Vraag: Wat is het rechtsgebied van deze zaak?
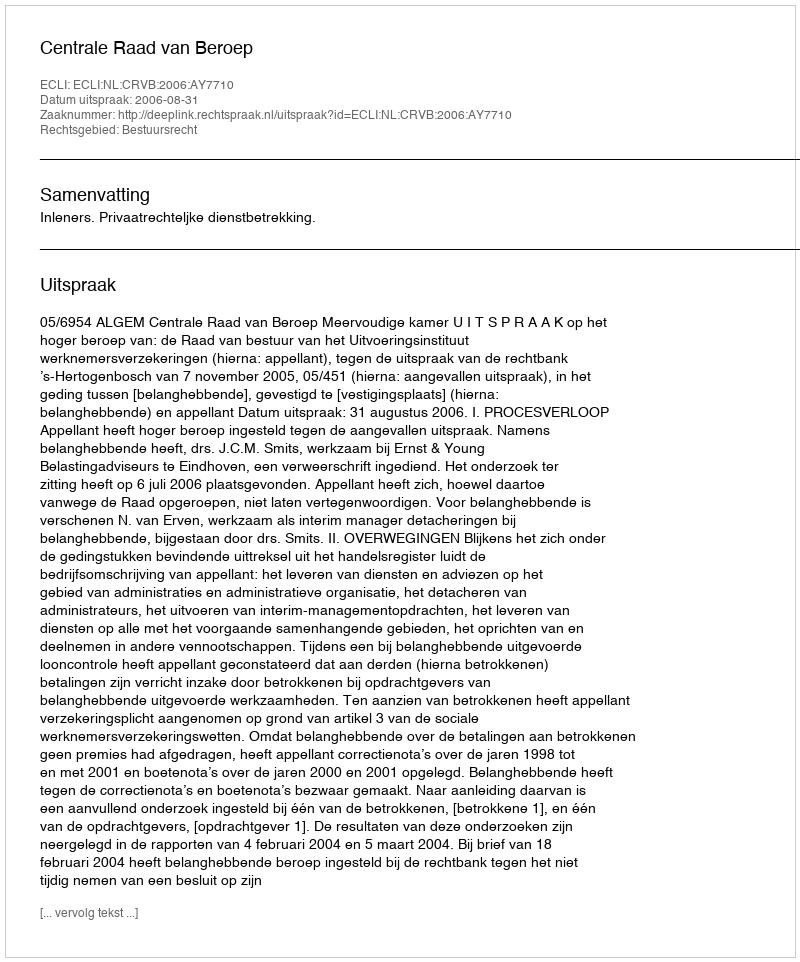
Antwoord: Bestuursrecht